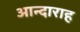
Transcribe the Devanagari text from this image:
आन्दाराह